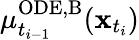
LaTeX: \mu_{t_{i-1}}^{\mathrm{ODE,B}}(\mathbf{x}_{t_{i}})